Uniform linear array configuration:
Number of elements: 48
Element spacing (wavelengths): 0.5
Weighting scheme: hamming
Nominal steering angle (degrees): -60
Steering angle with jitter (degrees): -58.615
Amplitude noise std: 0.05
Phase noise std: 0.05

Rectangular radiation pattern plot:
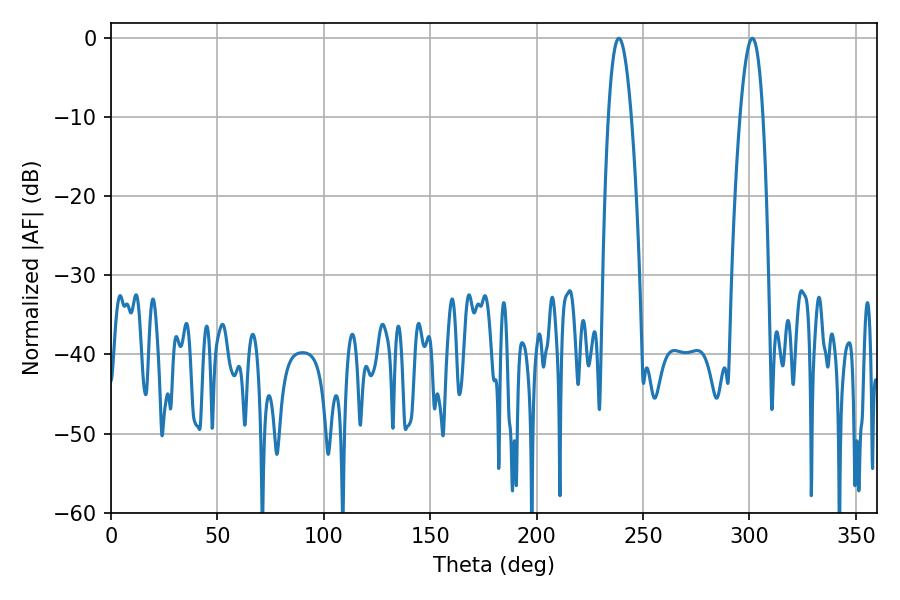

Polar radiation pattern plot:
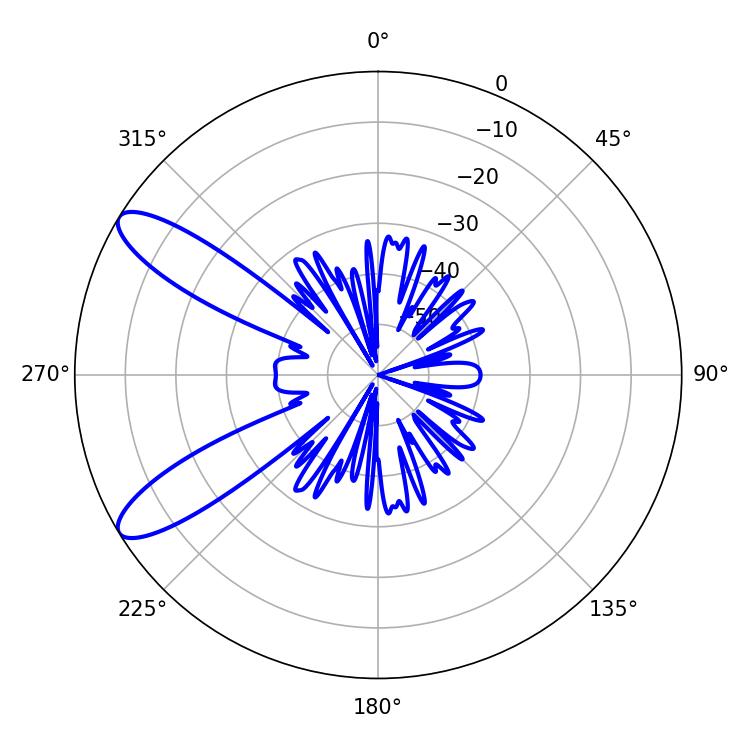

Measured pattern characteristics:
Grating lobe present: FALSE
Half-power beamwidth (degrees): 5.94
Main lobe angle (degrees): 301.32